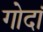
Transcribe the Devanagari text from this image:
गोदां